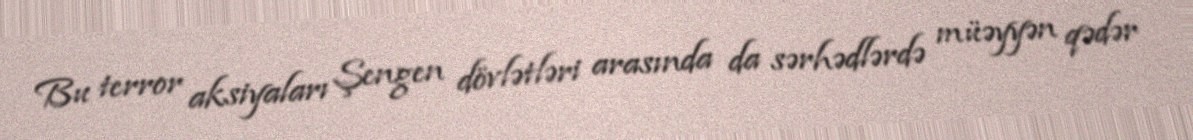
Bu terror aksiyaları Şengen dövlətləri arasında da sərhədlərdə müəyyən qədər